Report on the working of the Ranchi Indian Mental Hospital, Kanke, in Bihar and Orissa - 1930-1940
Year: 1930
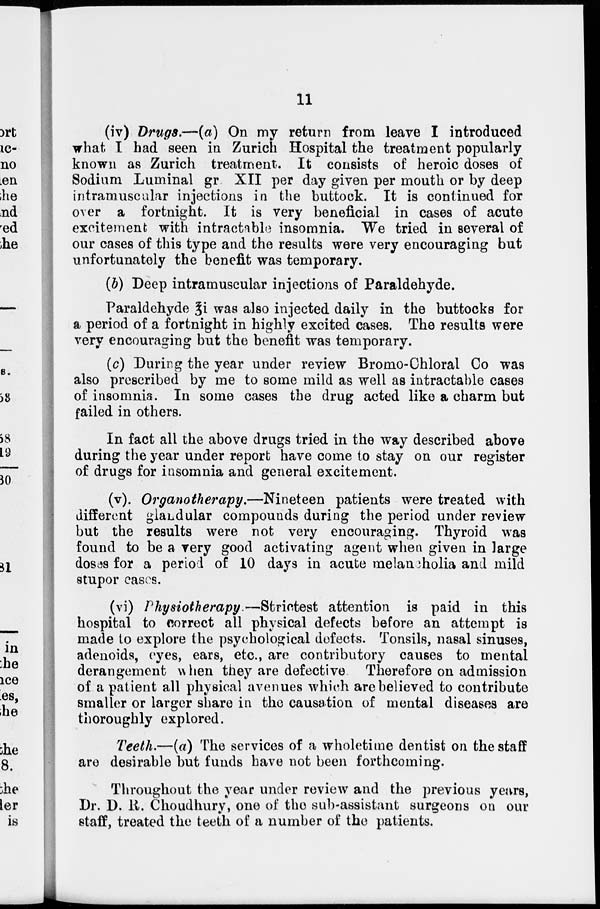
11
(iv) Drugs.—(a) On my return from leave I introduced
what I had seen in Zurich Hospital the treatment popularly
known as Zurich treatment. It consists of heroic doses of
Sodium Luminal gr XII per day given per mouth or by deep
intramuscular injections in the buttock. It is continued for
over a fortnight. It is very beneficial in cases of acute
excitement with intractable insomnia. We tried in several of
our cases of this type and the results were very encouraging but
unfortunately the benefit was temporary.
(b) Deep intramuscular injections of Paraldehyde.
Paraldehyde zi was also injected daily in the buttocks for
a period of a fortnight in highly excited cases. The results were
very encouraging but the benefit was temporary.
(c) During the year under review Bromo-Chloral Co was
also prescribed by me to some mild as well as intractable cases
of insomnia. In some cases the drug acted like a charm but
failed in others.
In fact all the above drugs tried in the way described above
during the year under report have come to stay on our register
of drugs for insomnia and general excitement.
(v). Organotherapy.—Nineteen
patients were treated with
different glandular compounds during the period under review
but the results were not very encouraging. Thyroid was
found to be a very good activating agent when given in large
doses for a period of 10 days in acute melancholia and mild
stupor cases.
(vi) Physiotherapy.—Strictest
attention is paid in this
hospital to correct all physical defects before an attempt is
made to explore the psychological defects. Tonsils, nasal sinuses,
adenoids, eyes, ears, etc., are contributory causes to mental
derangement when they are defective. Therefore on admission
of a patient all physical avenues which are believed to contribute
smaller or larger share in the causation of mental diseases are
thoroughly explored.
Teeth.—(a) The services of a wholetime dentist on the staff
are desirable but funds have not been forthcoming.
Throughout the year under review and the previous years,
Dr. D. R. Choudhury, one of the sub-assistant surgeons on our
staff, treated the teeth of a number of the patients.